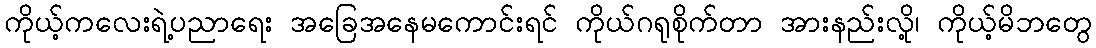
ကိုယ့်ကလေးရဲ့ပညာရေး အခြေအနေမကောင်းရင် ကိုယ်ဂရုစိုက်တာ အားနည်းလို့၊ ကိုယ့်မိဘတွေ